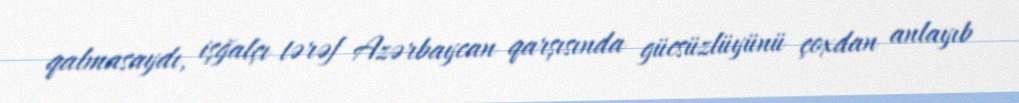
qalmasaydı, işğalçı tərəf Azərbaycan qarşısında gücsüzlüyünü çoxdan anlayıb